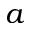
a